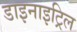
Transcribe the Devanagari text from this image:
डाइनाइट्रिल